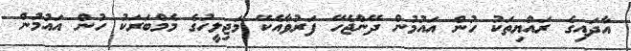
އާދައިގެ ރައްޔިތަކު ހުން އައުމުން ދޭންޖެހޭ ފަރުވާއެކޭ މަޖިލީހުގެ މެމްބަރަކު ހުން އައުމުން